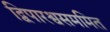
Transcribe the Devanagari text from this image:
द्विपारश्वसममित